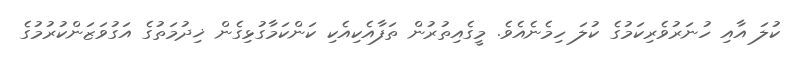
ކުލަ އާއި ހުނަރުވެރިކަމުގެ ކުލަ ހިމެނެއެވެ. މީގެއިތުރުން ތަފާއެކިއެކި ކަންކަމާގުޅިގެން ޚިދުމަތުގެ އަގުވަޒަންކުރުމުގެ